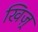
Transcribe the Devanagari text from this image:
खिज़्र